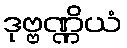
ဒုဗ္ဗဏ္ဏိယံ